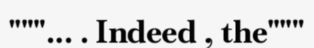
"""... . Indeed , the"""